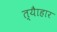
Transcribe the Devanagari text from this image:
त्यैाहार